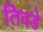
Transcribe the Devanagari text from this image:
तिवडे